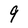
Character: 9